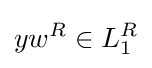
yw^{R}\in L_{1}^{R}